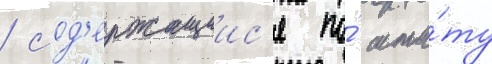
/ сод'ержащиис'я по́ шта́ту